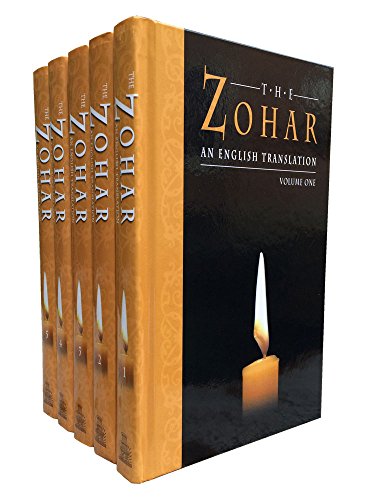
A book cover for Zohar (5 Volume set); Maurice Simon; Religion & Spirituality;